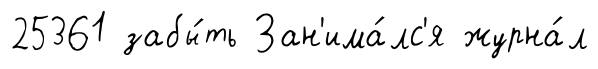
25361 забы́ть Зан'има́лс'я журна́л